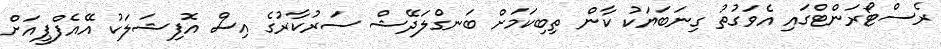
ރެސްޓޯރަންޓްގައި އެވަގުތު ގިނަބަޔަކު ކާން ތިބިކަމަށް ބަނގްލަދޭޝް ސަރުކާރުގެ އިސް އޮފިޝަލަކު އޭއެފްޕީއަށް